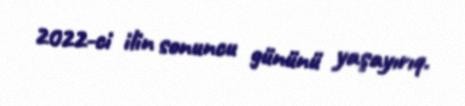
2022-ci ilin sonuncu gününü yaşayırıq.